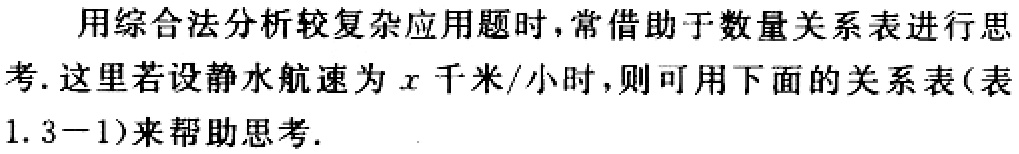
用综合法分析较复杂应用题时,常借助于数量关系表进行思考. 这里若设静水航速为\(x\)千米/小时,则可用下面的关系表(表1.3−1)来帮助思考.